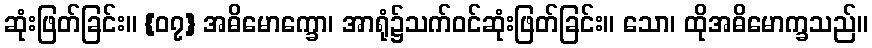
ဆုံးဖြတ်ခြင်း။ {၀၇} အဓိမောက္ခော၊ အာရုံ၌သက်ဝင်ဆုံးဖြတ်ခြင်း။ သော၊ ထိုအဓိမောက္ခသည်။